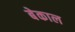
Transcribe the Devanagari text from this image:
बेकाल